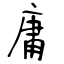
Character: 庸